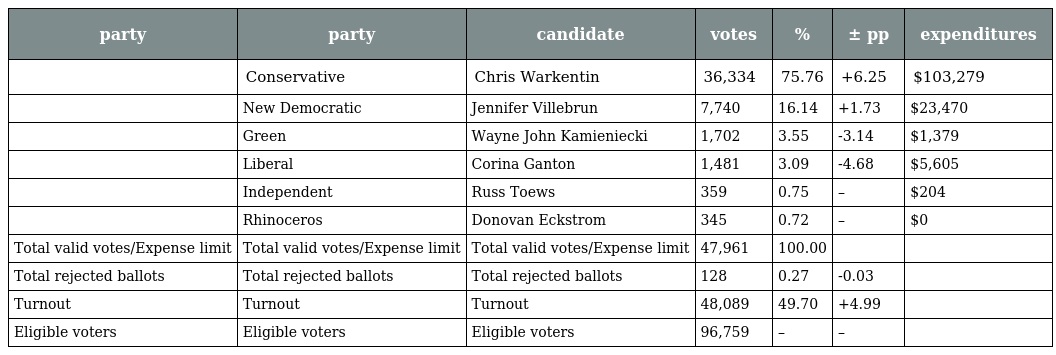
| party | party | candidate | votes | % | ± pp | expenditures |
 | --- | --- | --- | --- | --- | --- | --- |
 |  | Conservative | Chris Warkentin | 36,334 | 75.76 | +6.25 | $103,279 |
 |  | New Democratic | Jennifer Villebrun | 7,740 | 16.14 | +1.73 | $23,470 |
 |  | Green | Wayne John Kamieniecki | 1,702 | 3.55 | -3.14 | $1,379 |
 |  | Liberal | Corina Ganton | 1,481 | 3.09 | -4.68 | $5,605 |
 |  | Independent | Russ Toews | 359 | 0.75 | – | $204 |
 |  | Rhinoceros | Donovan Eckstrom | 345 | 0.72 | – | $0 |
 | Total valid votes/Expense limit | Total valid votes/Expense limit | Total valid votes/Expense limit | 47,961 | 100.00 |  |  |
 | Total rejected ballots | Total rejected ballots | Total rejected ballots | 128 | 0.27 | -0.03 |  |
 | Turnout | Turnout | Turnout | 48,089 | 49.70 | +4.99 |  |
 | Eligible voters | Eligible voters | Eligible voters | 96,759 | – | – |  |